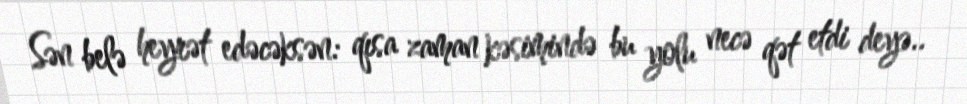
Sən belə heyrət edəcəksən: qısa zaman kəsimində bu yolu necə qət etdi deyə..